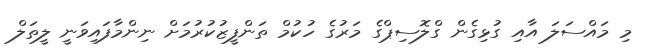
މި މައްސަލަ އާއި ގުޅިގެން ގްލޮސިޕްގެ މަރުގެ ހުކުމް ތަންފީޒުކުރުމަށް ނިންމާފައިވަނީ ލީތަލް